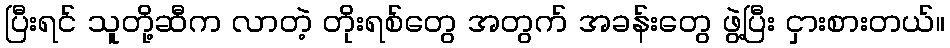
ပြီးရင် သူတို့ဆီက လာတဲ့ တိုးရစ်တွေ အတွက် အခန်းတွေ ဖွဲ့ပြီး ငှားစားတယ်။